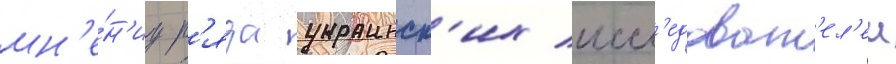
мн'е́н'иу р'яда украинск'их иссл'едоват'ел'еи